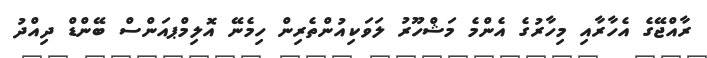
ރާއްޖޭގެ އެހާރާއި މިހާރުގެ އެންމެ މަޝްހޫރު ލަވަކިއުންތެރިން ހިމެނޭ އޮލިމްޕއަންސް ބޭންޑް ދިއްދު